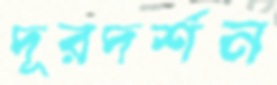
দূরদর্শন